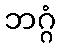
ဘဂ္ဂံ